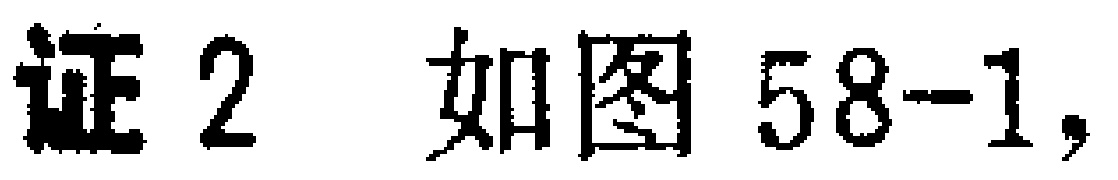
证2 如图58-1,